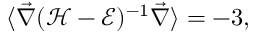
\langle \vec { \nabla } ( \mathcal { H } - \mathcal { E } ) ^ { - 1 } \vec { \nabla } \rangle = - 3 ,